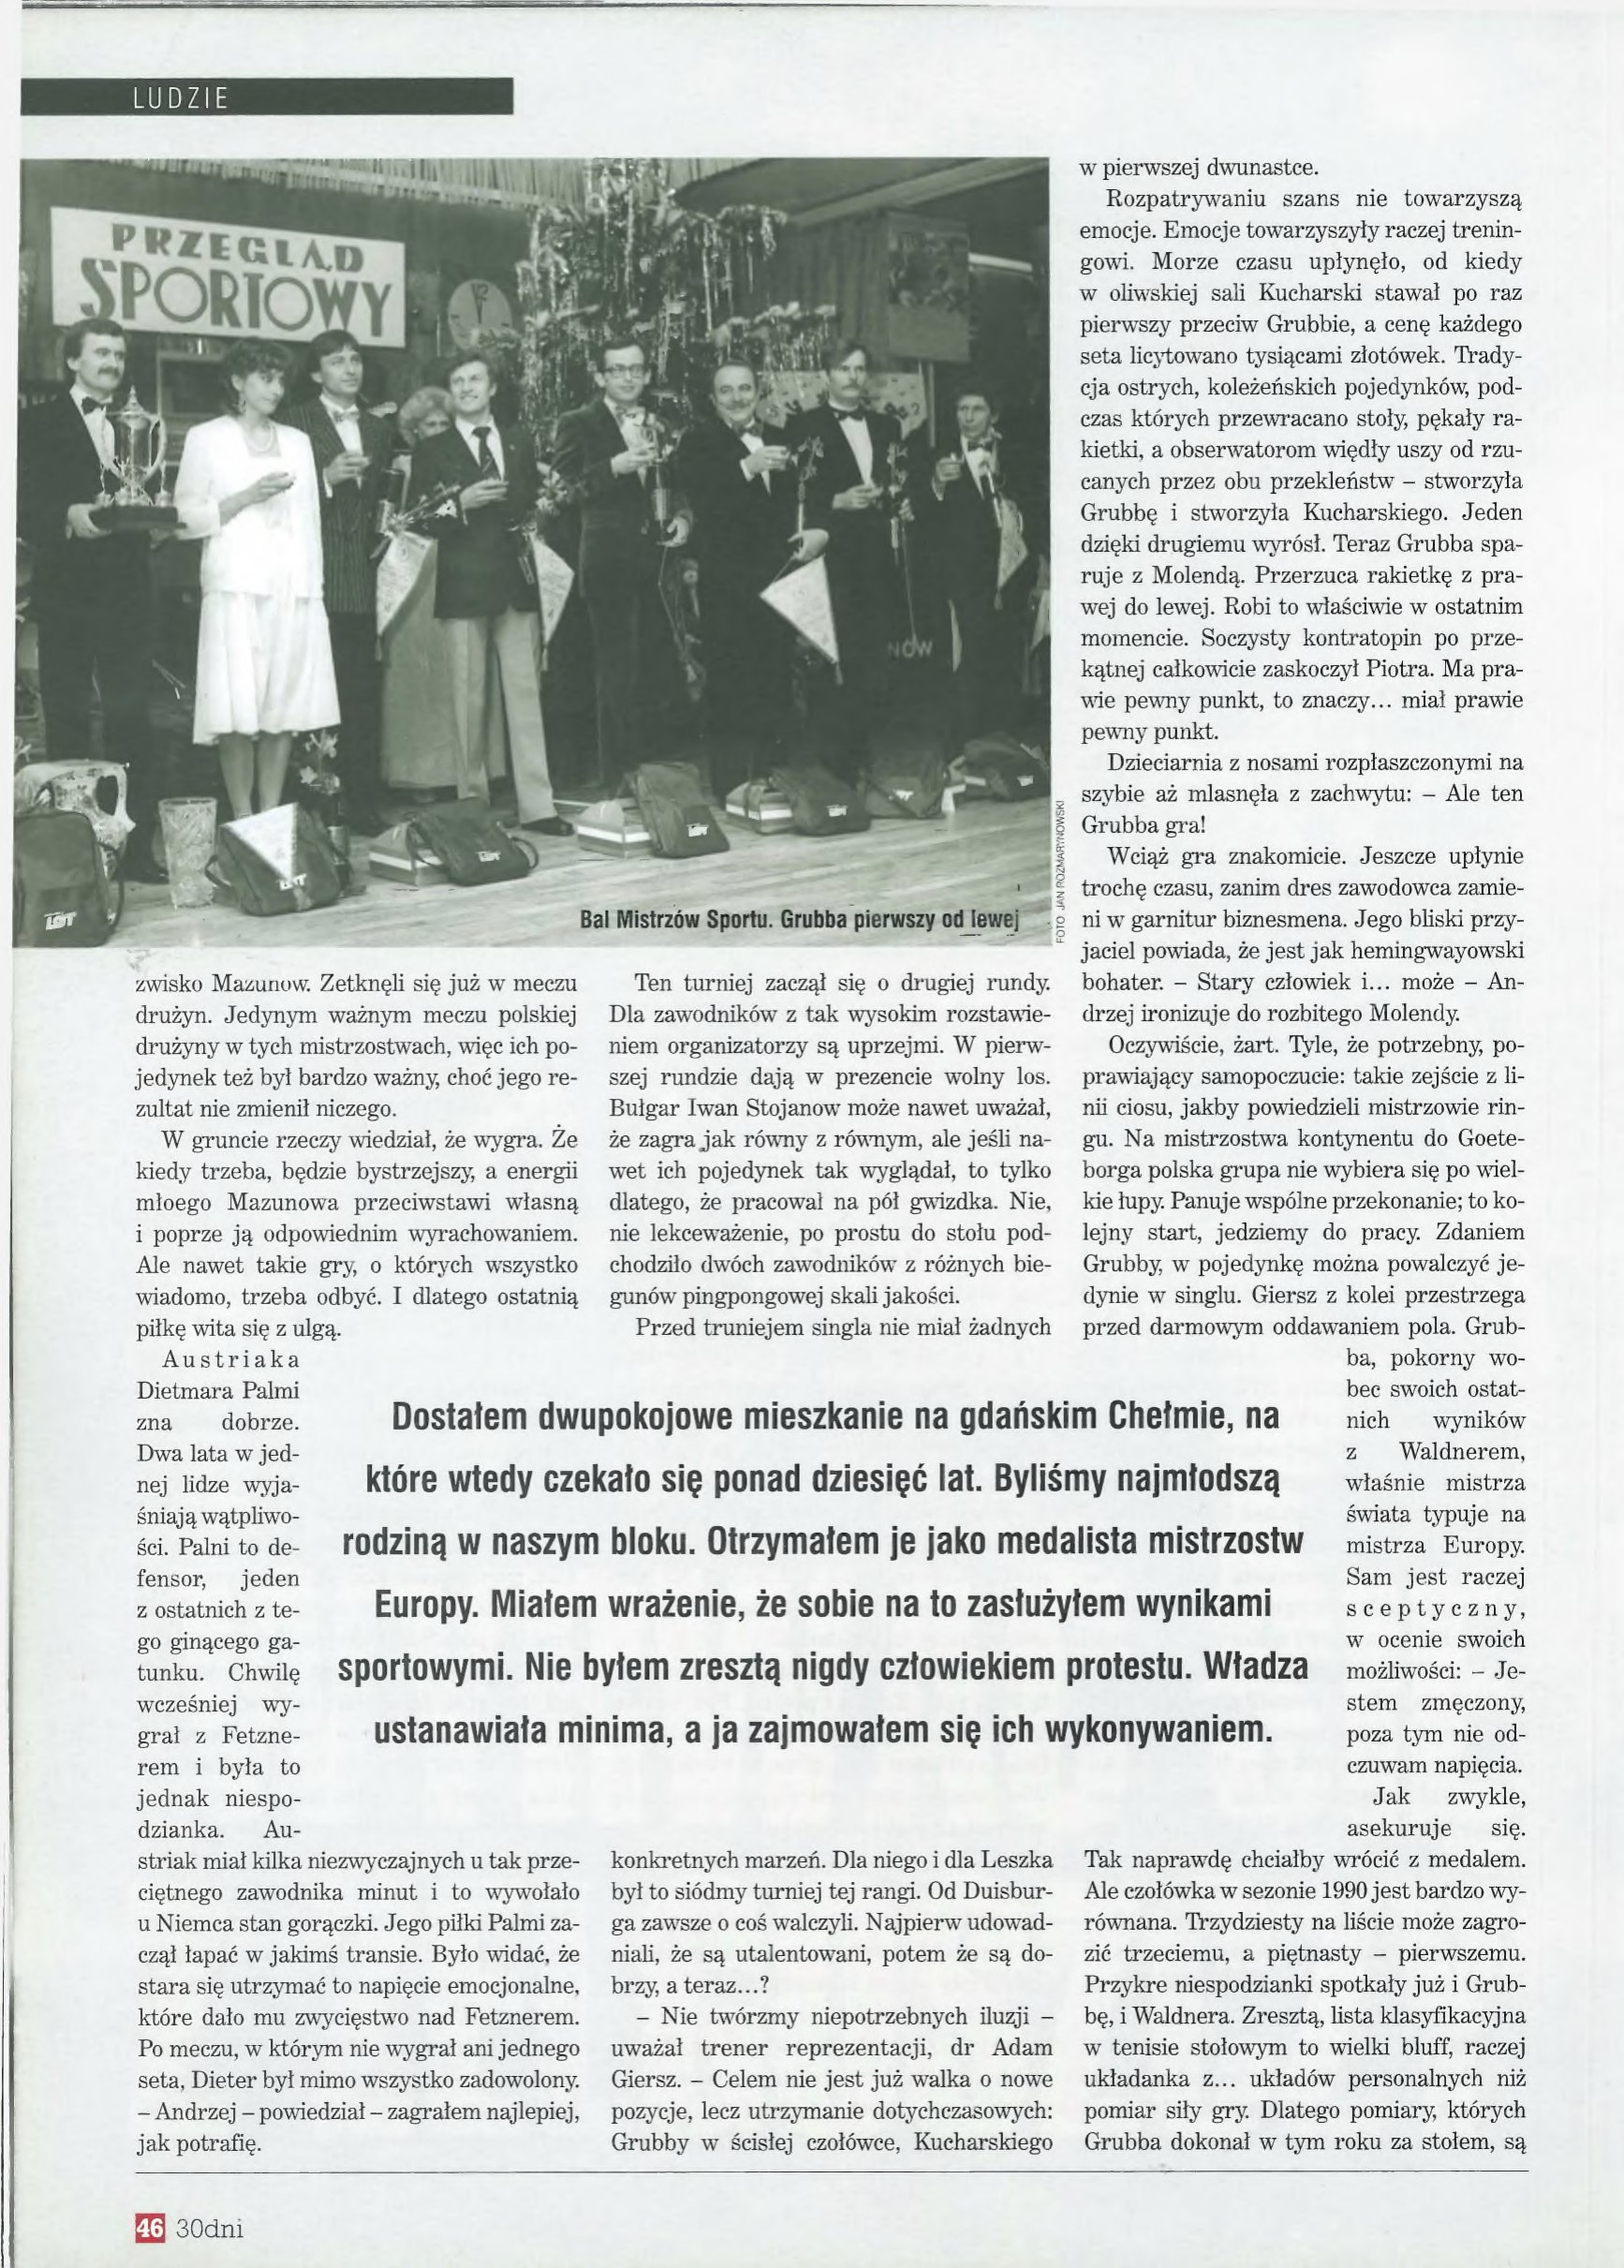
Language: pl